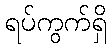
ရပ်ကွက်ရှိ